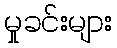
မှုခင်းများ